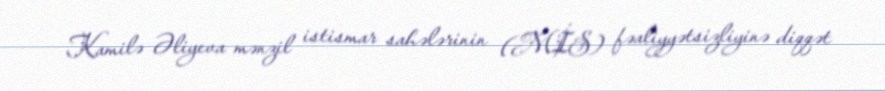
Kamilə Əliyeva mənzil istismar sahələrinin (MİS) fəaliyyətsizliyinə diqqət